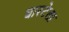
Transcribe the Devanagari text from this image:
घारटेला